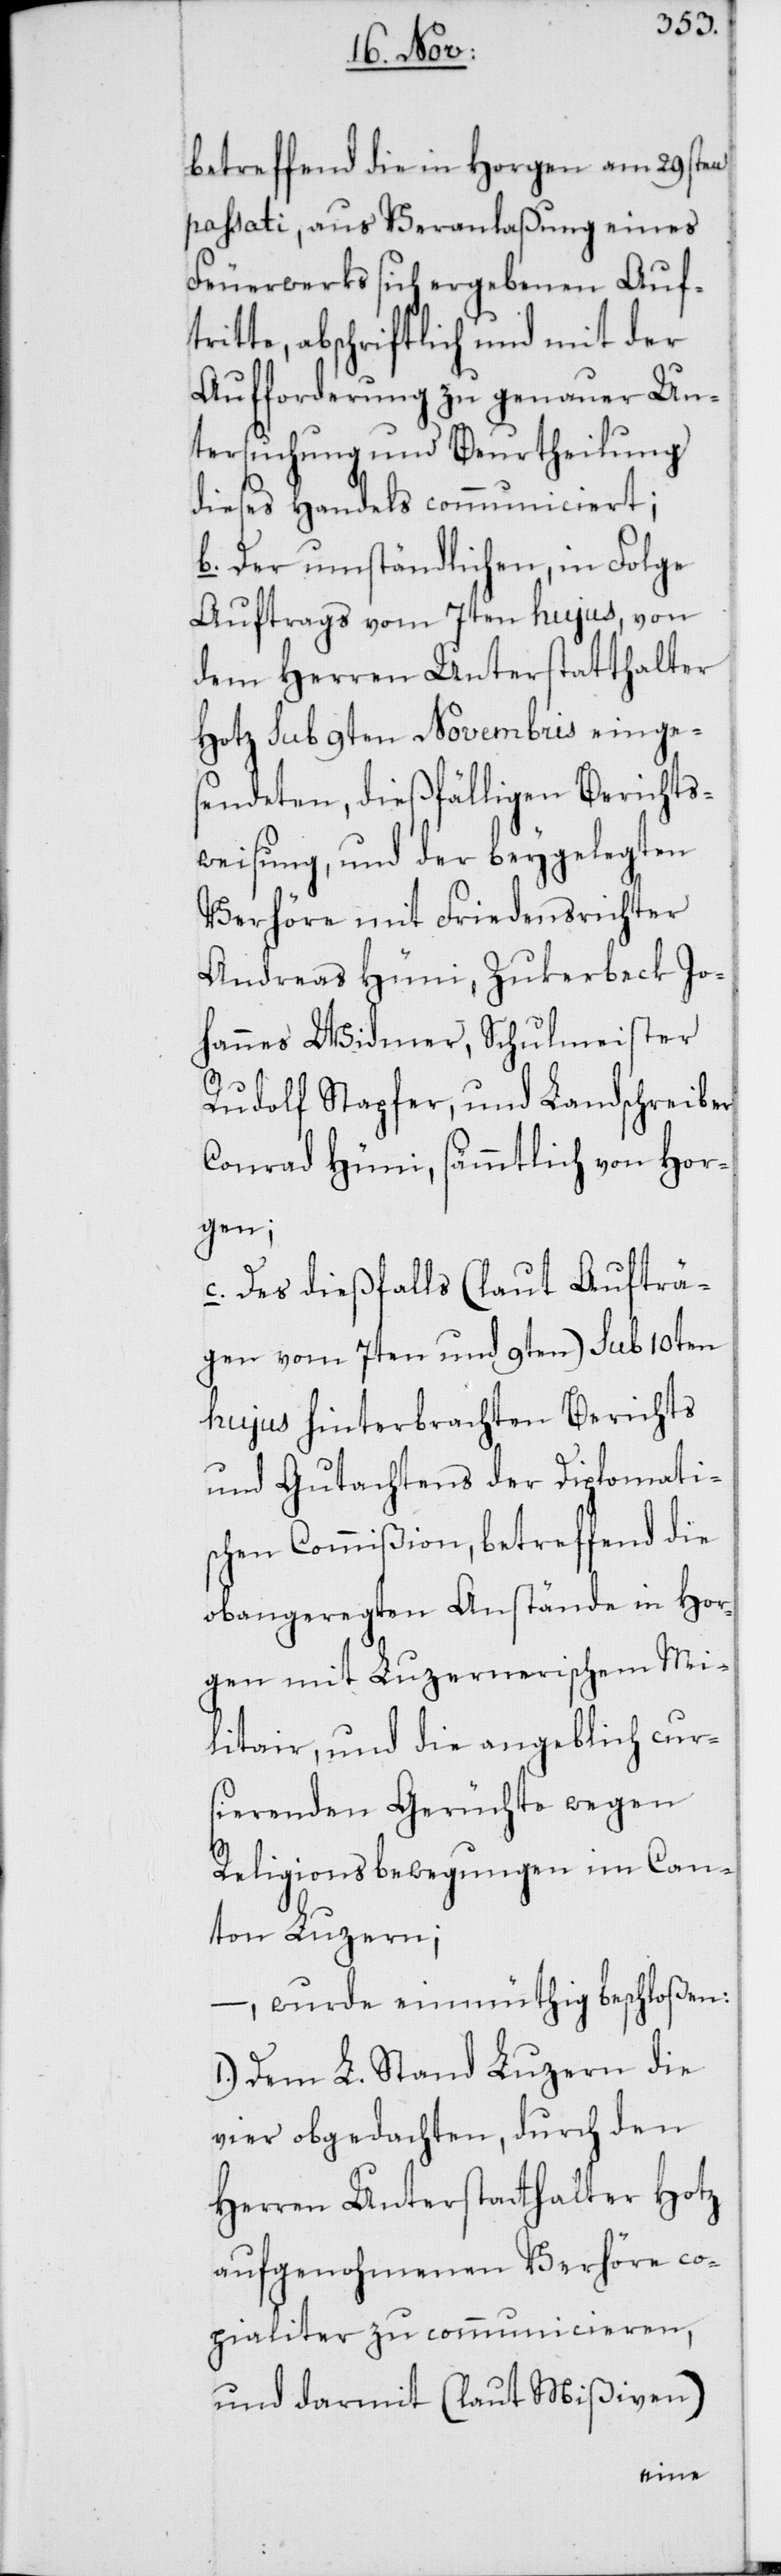
betreffend die in Horgen am 29sten
passati, aus Veranlaßung eines
Feuerwerks sich ergebenen Auf¬
tritte, abschriftlich und mit der
Aufforderung zu genauer Un¬
tersuchung und Beurtheilung
dieses Handels communiciert;
b. Der umständlichen, in Folge
Auftrags vom 7ten hujus von
dem Herren Unterstatthalter
Hotz sub 9ten Novembris einge¬
sendeten, dießfälligen Berichts¬
weisung, und der beygelegten
Verhöre mit Friedensrichter
Andreas Hüni, Zukerbeck Jo¬
hannes Widmer, Schulmeister
Rudolf Stapfer, und Landschreiber
Conrad Hüni, sämmtlich von Hor¬
gen;
c. Des dießfalls (laut Aufträ¬
gen vom 7ten und 9ten) sub 10ten
hujus hinterbrachten Berichts
und Gutachtens der Diplomati¬
schen Commißion, betreffend die
obangeregten Anstände in Hor¬
gen mit Luzernerischem Mi¬
litair, und die angeblich curs¬
ierenden Gerüchte wegen
Religionsbewegungen im Can¬
ton Luzern;
– wurde einmüthig beschloßen:
1.) Dem L. Stand Luzern die
vier obgedachten, durch den
Herren Unterstatthalter Hotz
aufgenohmenen Verhöre co¬
pialiter zu communicieren,
und darmit (laut Mißiven)